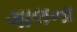
ગાલના